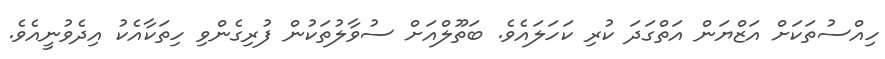
ހިއްސުތަކަށް އަޒްޔަން އަތްގަދަ ކުރި ކަހަލައެވެ. ބަތޫލްއަށް ސުވާލުތަކުން ފުރިގެންވި ހިތަކާއެކު އިދެވުނީއެވެ.